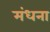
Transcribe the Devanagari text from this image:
मंधना